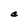
Character: a